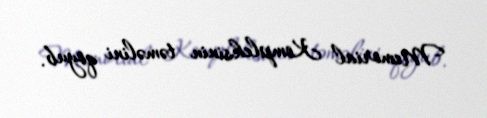
Memorial Kompleksinin təməlini qoyub.